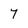
Character: 7